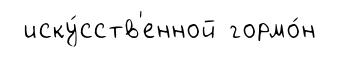
иску́сств'енной гормо́н